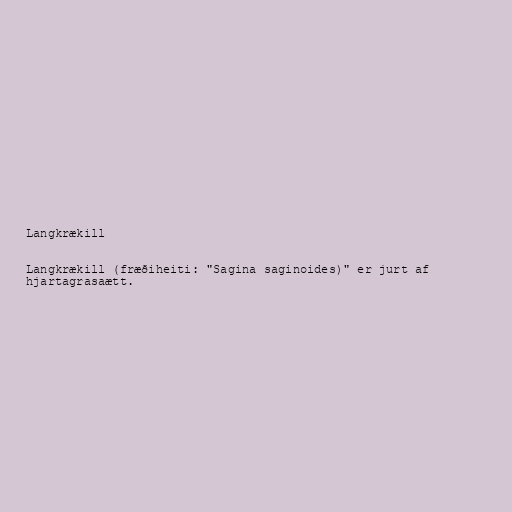
Langkrækill

Langkrækill (fræðiheiti: "Sagina saginoides)" er jurt af
hjartagrasaætt.